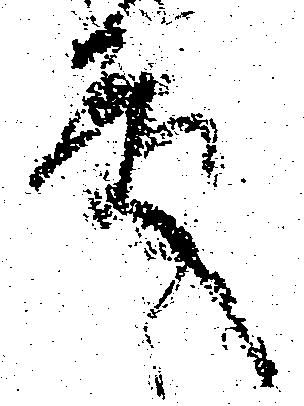
殿